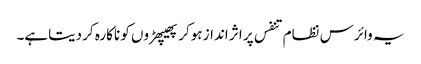
یہ وائرس نظام تنفس پر اثر انداز ہوکر پھیپھڑوں کو ناکارہ کر دیتاہے۔